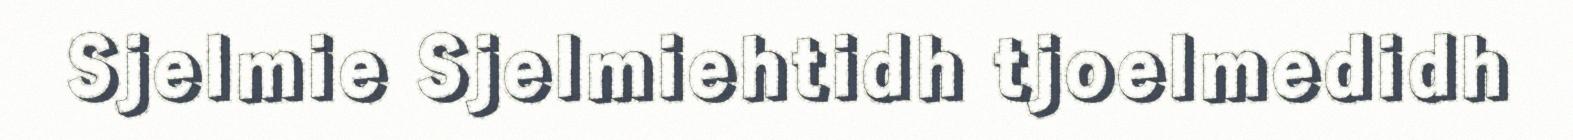
Sjelmie Sjelmiehtidh tjoelmedidh